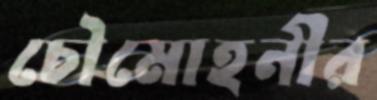
চৌমোহনীর